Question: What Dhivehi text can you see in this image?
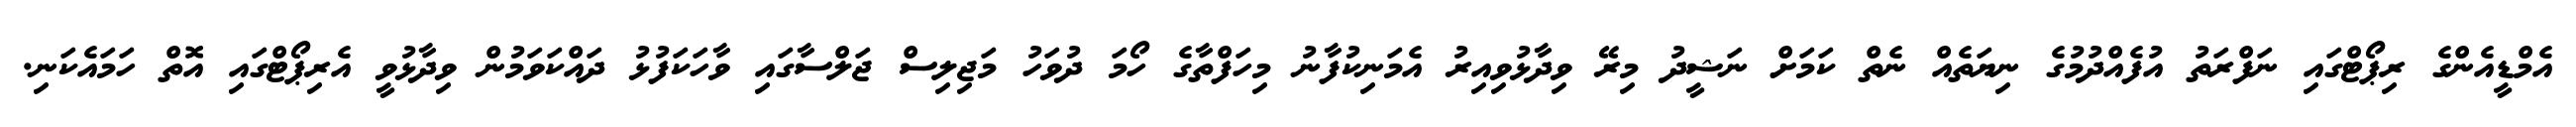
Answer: އެމްޑީއެންގެ ރިޕޯޓްގައި ނަފްރަތު އުފެއްދުމުގެ ނިޔަތެއް ނެތް ކަމަށް ނަޝީދު މިރޭ ވިދާޅުވިއިރު އެމަނިކުފާނު މިހަފްތާގެ ހޯމަ ދުވަހު މަޖިލިސް ޖަލްސާގައި ވާހަކަފުޅު ދައްކަވަމުން ވިދާޅުވީ އެރިޕޯޓްގައި އޮތް ހަމައެކަނި.